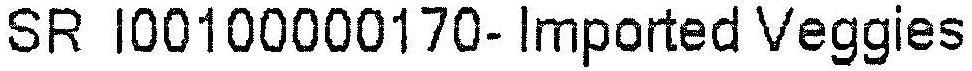
SR I00100000170- IMPORTED VEGGIES